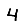
Digit: 4